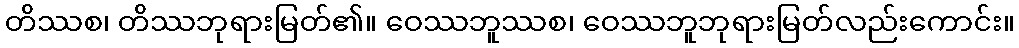
တိဿစ၊ တိဿဘုရားမြတ်၏။ ဝေဿဘူဿစ၊ ဝေဿဘူဘုရားမြတ်လည်းကောင်း။